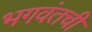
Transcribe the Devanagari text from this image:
भगवंतची